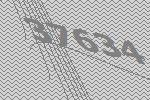
37634